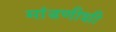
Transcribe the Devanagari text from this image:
मांडणीशी